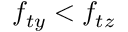
f _ { t y } < f _ { t z }